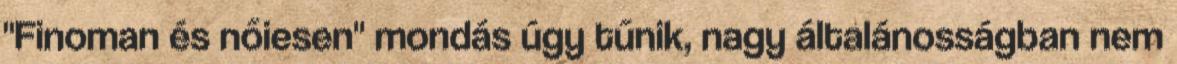
"Finoman és nőiesen" mondás úgy tűnik, nagy általánosságban nem